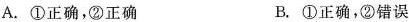
A. ①正确，②正确 B. ①正确，②错误